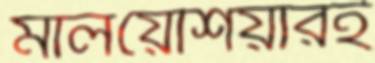
মালয়েশিয়ারই